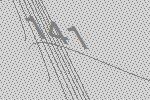
141